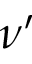
\nu ^ { \prime }